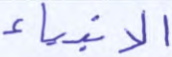
الأنبياء